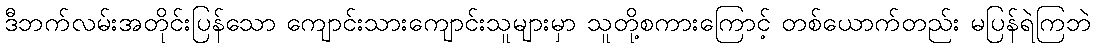
ဒီဘက်လမ်းအတိုင်းပြန်သော ကျောင်းသားကျောင်းသူများမှာ သူတို့စကားကြောင့် တစ်ယောက်တည်း မပြန်ရဲကြဘဲ